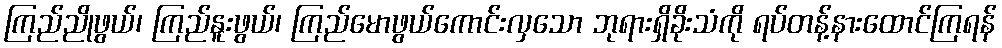
ကြည်ညိုဖွယ်၊ ကြည်နူးဖွယ်၊ ကြည်မောဖွယ်ကောင်းလှသော ဘုရားရှိခိုးသံကို ရပ်တန့်နားထောင်ကြရန်